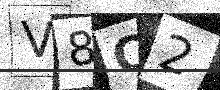
Text: V8C2